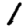
Digit: 1